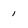
Character: 1